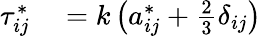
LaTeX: \begin{array}{rl}{\tau_{ij}^{*}}&{{}=k\left(a_{ij}^{*}+\frac{2}{3}\delta_{ij}\right)}\end{array}